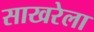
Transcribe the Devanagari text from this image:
साखरेला